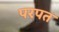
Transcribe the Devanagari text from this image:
परपत